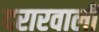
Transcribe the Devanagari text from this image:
दरारवाली